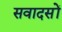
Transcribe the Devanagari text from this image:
सवादसों